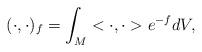
LaTeX: \begin{align*}(\cdot, \cdot)_f=\int_M <\cdot, \cdot> e^{-f}dV,\end{align*}